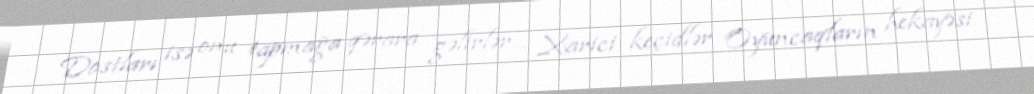
Dostları isə onu tapmağa qərara gəlirlər… Xarici keçidlər Oyuncaqların hekayəsi